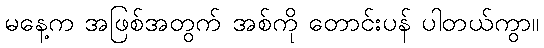
မနေ့က အဖြစ်အတွက် အစ်ကို တောင်းပန် ပါတယ်ကွာ။